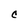
Character: C